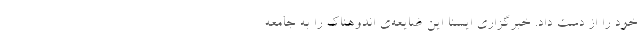
خود را از دست داد. خبرگزاری ایسنا این ضایعه‌ی اندوهناک را به جامعه